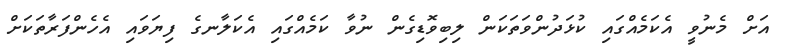
އަށް މެނުވީ އެކަމެއްގައި ކުޅަދުންވަތަކަން ލިބިވޮޑިގެން ނުވާ ކަމެއްގައި އެކަލާނގެ ފިޔަވައި އެހެންފަރާތަކަށް